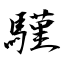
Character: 騹